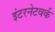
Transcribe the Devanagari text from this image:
इंटरनेटवर्क